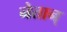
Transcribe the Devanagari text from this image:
नेतान्